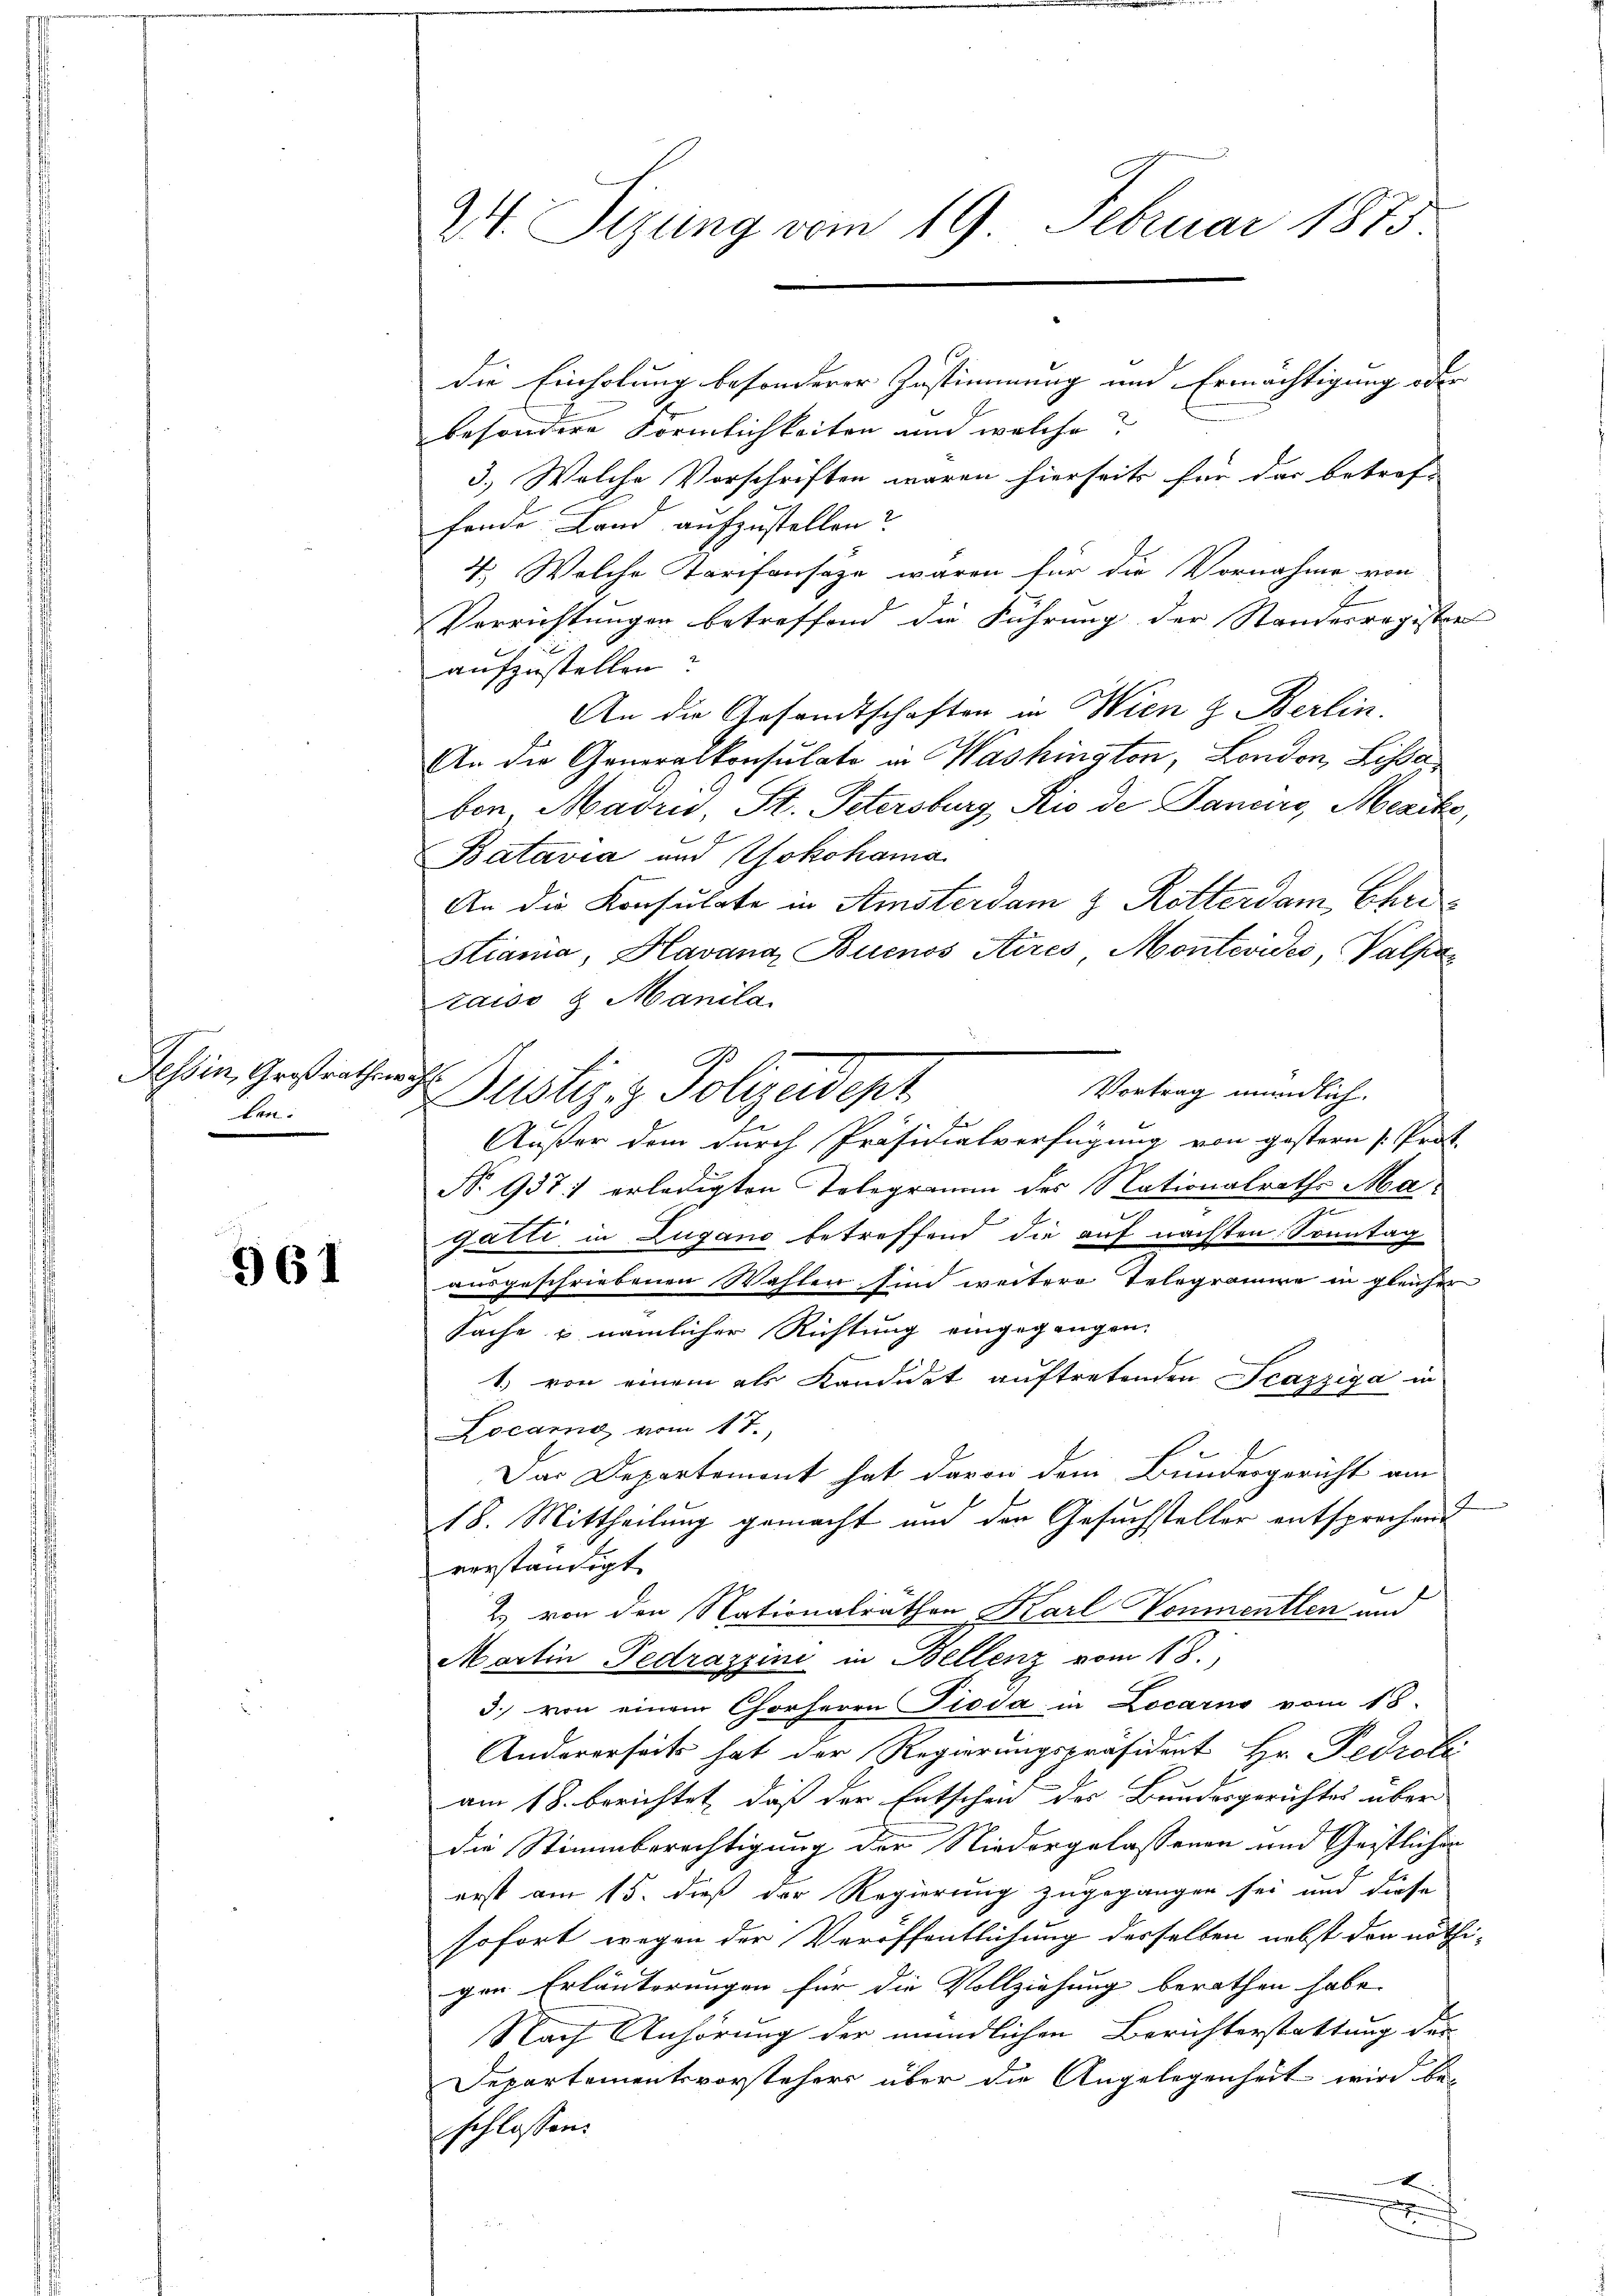
Tessin, Großrathen
len.

961

24 Sizung vom 19. Februar 1875.

die Einholung besonderer Zustimmung und Ermächtigung oder
besondere Förmlichkeiten und welche
3.) Welche Vorschriften waren hierseits für das betrof-
fende Land aufzustellen?
4. Wolche Tarifonsäze waren für die Vornahme von
E
Verrichtungen betreffend die Führung der Standesregister
aufzustellen?
An die Gesandtschaften in Wien & Berlin.
An die Generalkonsulato in Washington, London, Lissa
bon Madri, St. Petersburg Rio de Dancirs, Mercke,
Batavia und Yokohama
An die Konsulate in Amsterdam & Rotterdam, Christiania, Havana Buenos Aires Montevides, Valpa
caiss & Manila
a
Vortrag mündlich.
Justiz & Polizeidepr
Außer dem durch Präsidialverfügung von gestern P. Prot.
No 937 erledigten Telegramm des Nationalraths Ma¬
7
gatti in Lugano betreffend die auf nächsten Sonntag
ausgeschriebenen Wahlen sind weitere Telegramire in gleicher
Sache u nämlicher Richtung eingegangen.
1) von einem als Kandidet auftretenden Scazziga in
Locarno vom 17.
Das Departemont hat davon dem Bundesgericht am
18. Mittheilung gemacht und der Gesuchsteller entsprechend
verständigt
2. von den Nationalräthen Karl Vonmentlen und
Martin Pedrazzini in Bellenz vom 18.
3.) von einem Chorherrn Pioda in Locarno vom 18.
Andererseits hat der Regierungspräsidert Hr. Pedrole
am 18. berichtet, daß der Entschen des Bundesgerichtes über
die Stimmberechtigung der Niedergelassenen und Geistlichen
erst am 15. dieß der Regierung zugegangen sei und diese
sofort wegen der Veröffentlichung desselben nebst den nöthi-
gen Erläuterungen für die Vollziehung berathen habe. |
Nach Anhörung der mündlichen Berichterstattung dur
Departementsvorstehers über die Angelegenheit wird be-
schlossen:
x
2